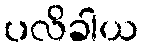
ပလိခါယ